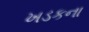
ખડકના